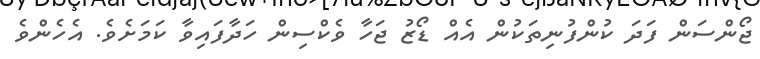
ޖޯންސަން ފަދަ ކުންފުނިތަކުން އެއް ޑޯޒު ޖަހާ ވެކްސިން ހަދާފައިވާ ކަމަށެވެ. އެހެންވެ